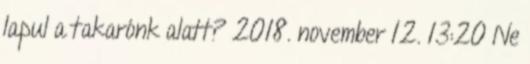
lapul a takarónk alatt? 2018. november 12. 13:20 Ne